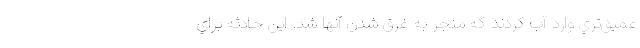
عميق‌تري وارد آب كردند كه منجر به غرق شدن آنها شد. اين حادثه براي